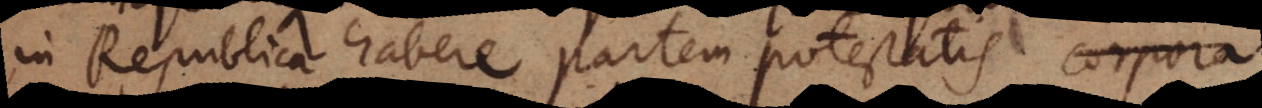
in Republica habere partem potestatis. Corpora